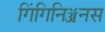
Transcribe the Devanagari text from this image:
गिंगिनिॲनस